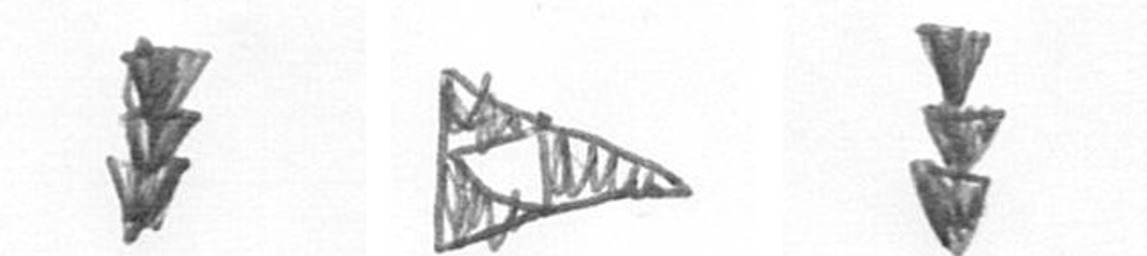
E K E